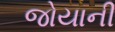
જોયાની